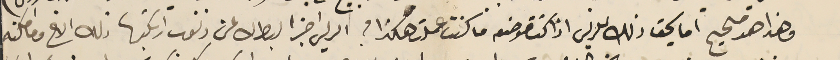
وهذا هو صحيح اما يحق ذلك للريس اذا كنت مفوضه ما كنت عملت هكذا؟ الريس اخبر البطرك عن ذنوب ارتكبها ذلك الاخ وما امكنه